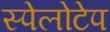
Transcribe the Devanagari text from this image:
स्पेलोटेप